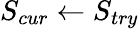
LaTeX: S_{cur}\gets S_{try}